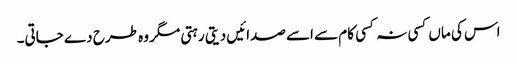
اس کی ماں کسی نہ کسی کام سے اسے صدائیں دیتی رہتی مگر وہ طرح دے جاتی۔